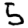
Digit: 5